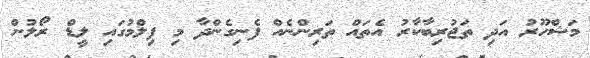
މަޝްހޫރު އަދި ތަޖުރިބާކާރު އެތައް ތަރިންނެއް ފެނިގެންދާ މި ފިލްމުގައި ލީޑް ރޯލުން